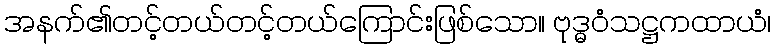
အနက်၏တင့်တယ်တင့်တယ်ကြောင်းဖြစ်သော။ ဗုဒ္ဓဝံသဋ္ဌကထာယံ၊